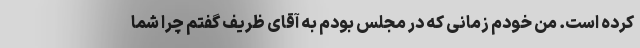
کرده است. من خودم زمانی که در مجلس بودم به آقای ظریف گفتم چرا شما